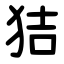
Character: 狤